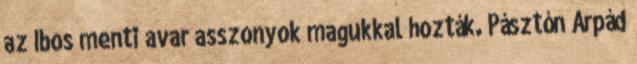
az Ibos menti avar asszonyok magukkal hozták. Pásztón Árpád